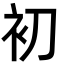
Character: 初